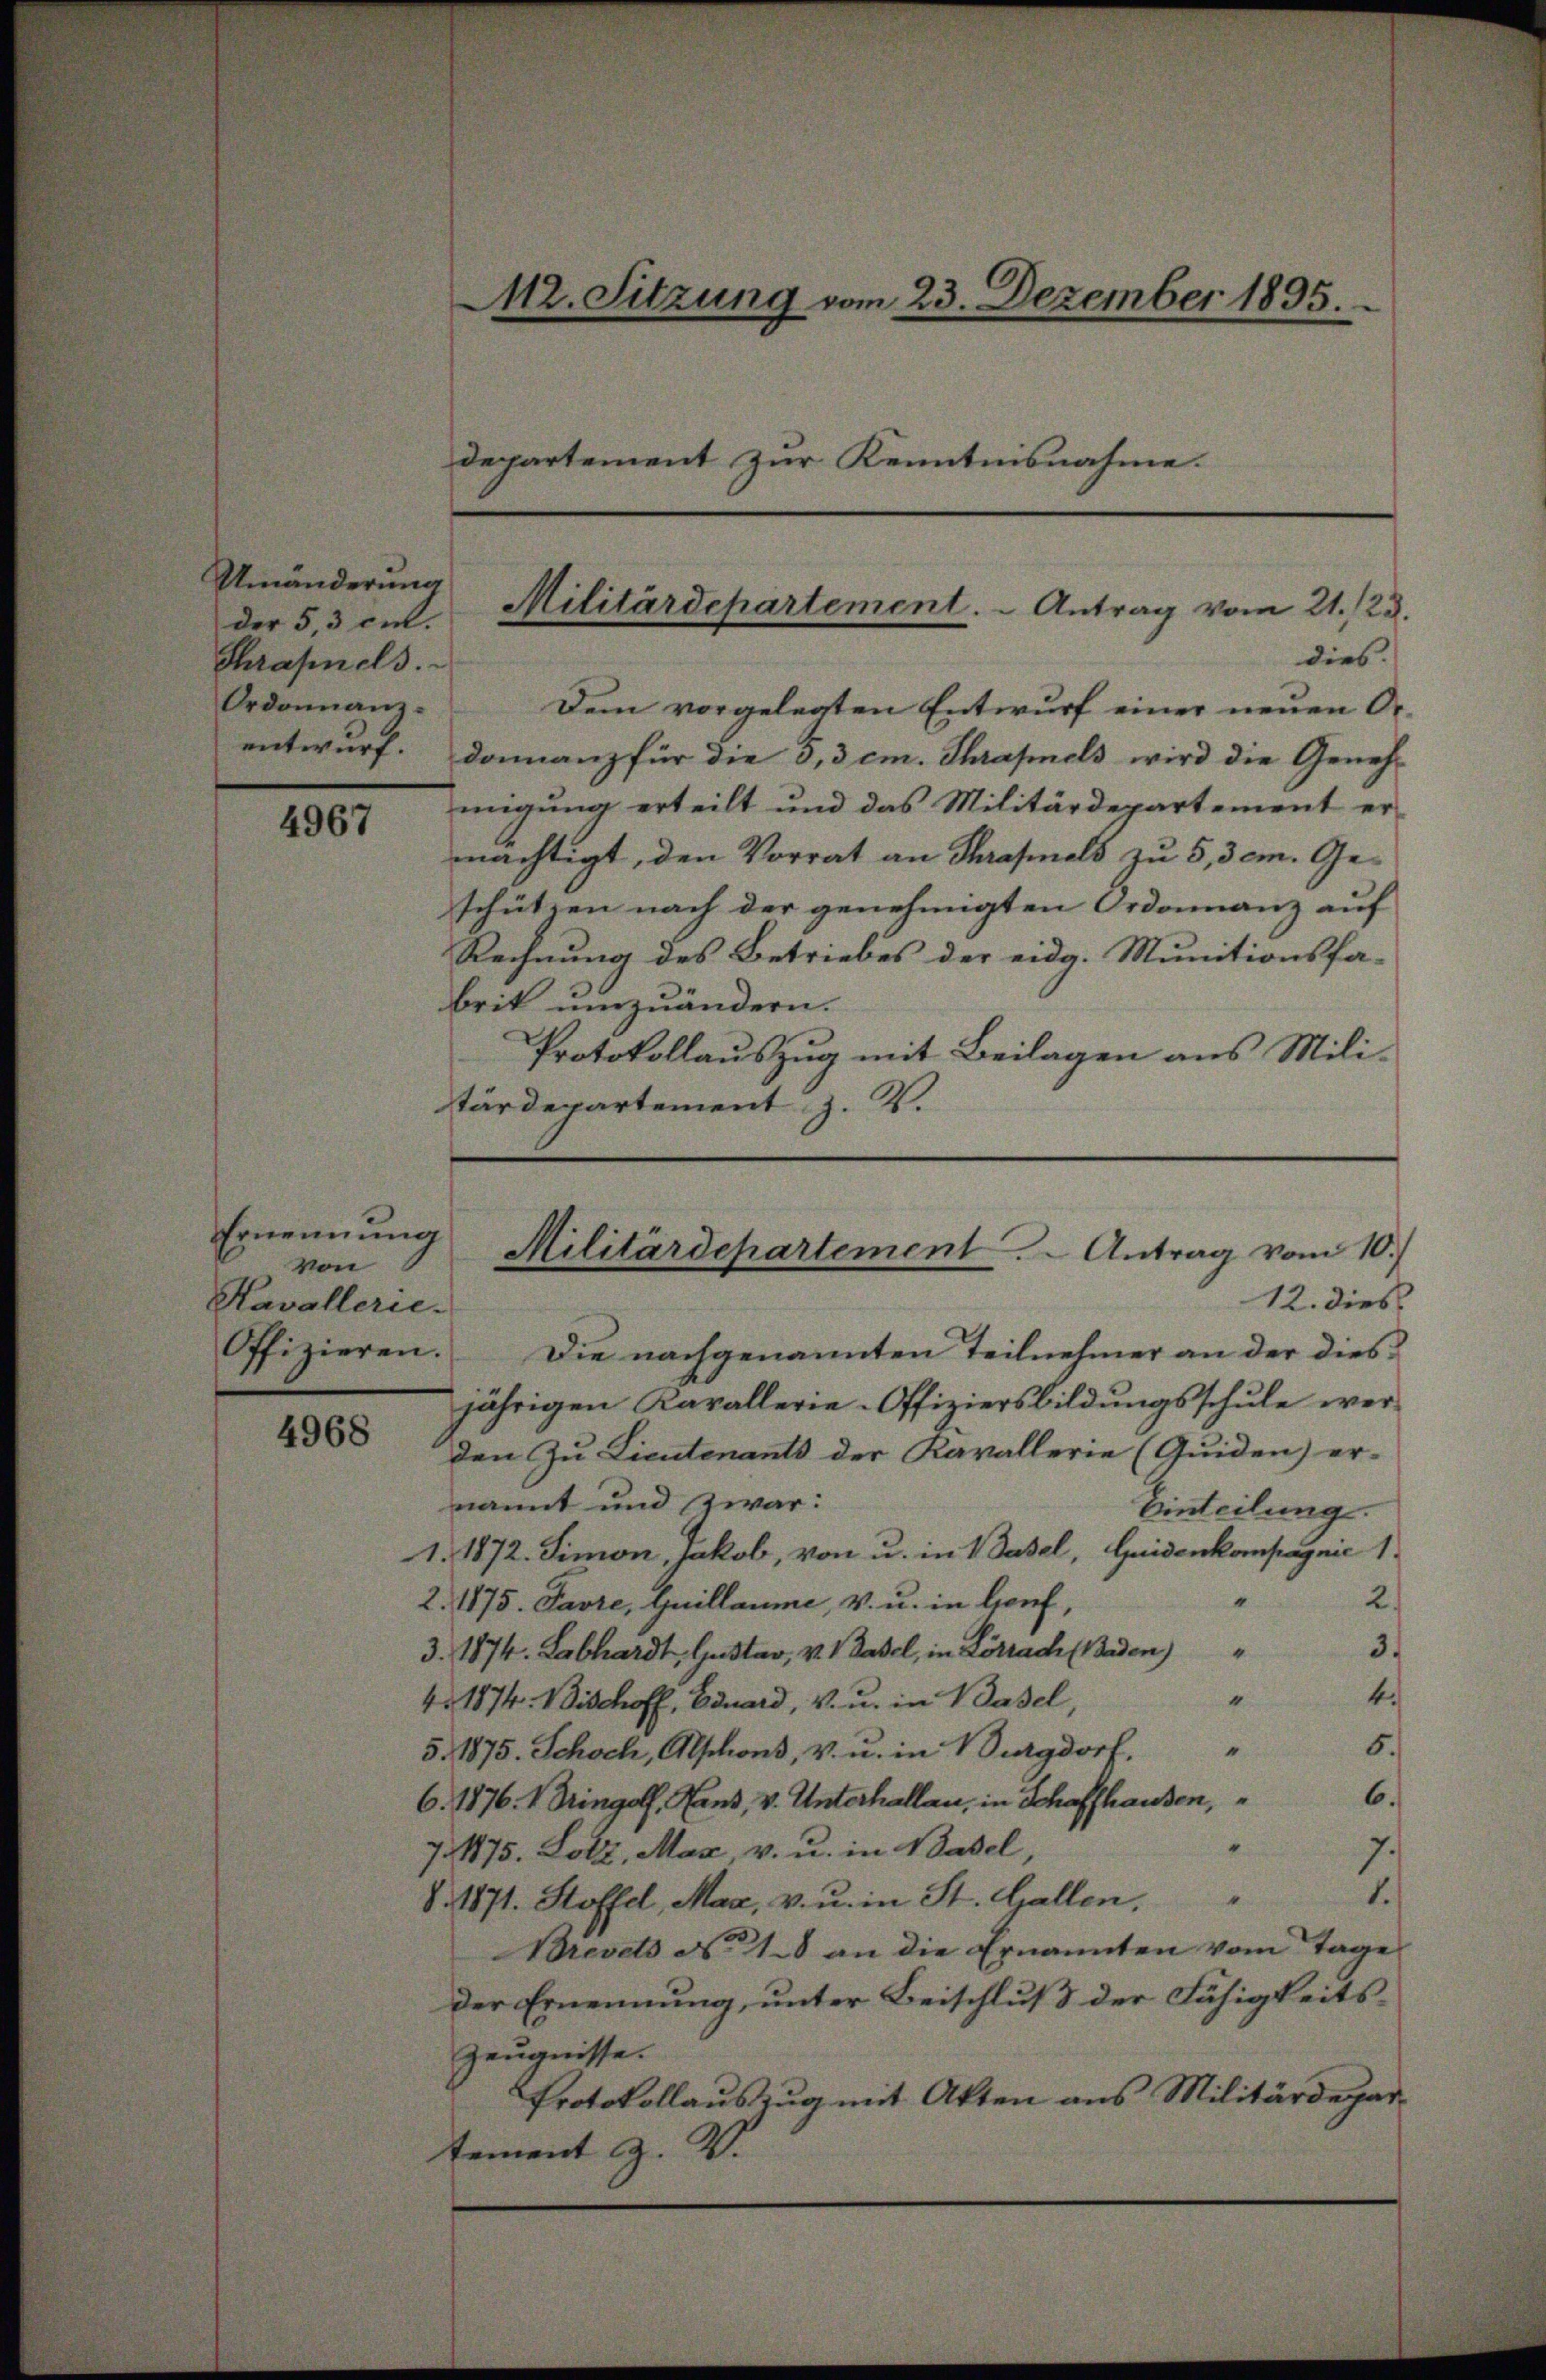
Umänderung
der 5,3 cit.
Chrafnels.
Ordonnanz-
entwurf.

4967

Ernennung
von
Kavallerie-

4968

M2. Sitzung vom 23. Dezember 1895.
departement zur Kenntnisnahme.

Militärdepartement. - Antrag vom 21./23.
dies.

Dem vorgelegten Entwurf einer neuen Or-
domanz für die 5,3 cm. Thrafnels wird die Geneh-
migung erteilt und das Militärdepartement er-
mächtigt, den Vorrat an Thrafnals zu 5, dem Geschützen nach der genehmigten Ordonanz auf
Rechnung des Betriebes der eidg. Munitionsfa- |
brik umzuändern.
Protokollauszug mit Beilagen aus Mili-
tärdepartement z. B.

Offizieren. Die nachgenannten Teilnehmer an der diesjährigen Kavallerie-Offiziersbildungsschule werden zu Lieutenants der Kavallerie (Quiden) er-
nannt und zwar:
Einteilung.
1. 1872. Simon, Jakob, von u. in 1 Basel, Guidenkompagnie 1
2.
"
2. 175. Favre, Guillaume, v. u. in Genf,
3.
3. 1874. Labhardt, Gustav, v. Basel, in Lörrach Baden)
b.
“
4. 1874. Bischoff, Eduard, V. u. in Basel,
5.
"
5. 1875. Schoch, Abschons, v. u. in Burgdorf,
6.
6. 1876. V. Dringolf. Hans, v. Unterhallan, in Schaffhausen,
7.
7. 175. Lotz, Max, v. u. in Basel,
1.
S. 1171. Stoffel, Mag, v. u. in St. Gallen,
Brevets No 18 an die Ernannten vom Tage
der Ernennung, unter Beischluß der Fähigkeits¬
Zeugnisse.
Protokollauszug mit Akten aus Militärdepar-
tement Z. V.

Militärdepartement . ..  Antrag vom 10.)
12. dies